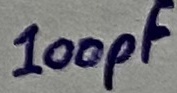
Text: 100pF